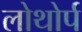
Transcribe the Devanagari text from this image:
लोथोर्प